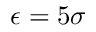
\epsilon = 5 \sigma